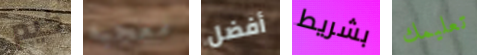
كيم معجبه أفضل بشريط تعليمك